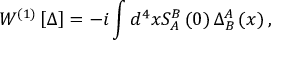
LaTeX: W ^ { \left( 1 \right) } \left[ \Delta \right] = - i \int d ^ { 4 } x S _ { A } ^ { B } \left( 0 \right) \Delta _ { B } ^ { A } \left( x \right) ,